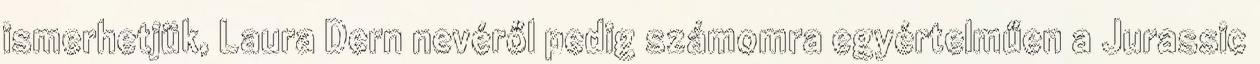
ismerhetjük, Laura Dern nevéről pedig számomra egyértelműen a Jurassic